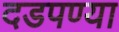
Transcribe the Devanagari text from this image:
दडपण्या